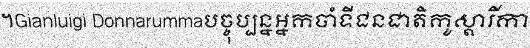
។Gianluigi Donnarummaបច្ចុប្បន្នអ្នកចាំទីជនជាតិកូស្តារីកា